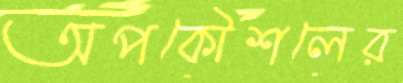
অপকৌশলের